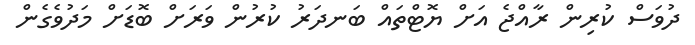
ދުވަސް ކުރިން ރާއްޖެ އަށް ޔޮޓްތައް ބަނދަރު ކުރުން ވަރަށް ބޮޑަށް މަދުވެގެން